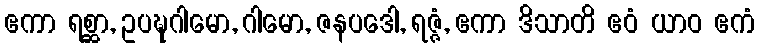
ဧကာ ရစ္ဆာ, ဥပဍ္ဎဂါမော, ဂါမော, ဇနပဒေါ, ရဇ္ဇံ, ဧကာ ဒိသာတိ ဧဝံ ယာဝ ဧကံ